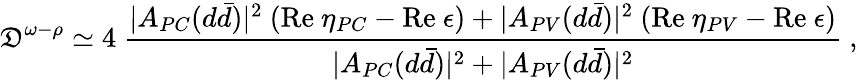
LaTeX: {\cal\mathfrak{D}}^{\omega-\rho}\simeq4~\frac{{|A_{PC}(d\bar{{d}})|^{2}~(\mathrm{{Re}}~\eta_{PC}-\mathrm{{Re}}~\epsilon)+|A_{PV}(d\bar{{d}})|^{2}~(\mathrm{{Re}}~\eta_{PV}-\mathrm{{Re}}~\epsilon)}}{{|A_{PC}(d\bar{{d}})|^{2}+|A_{PV}(d\bar{{d}})|^{2}}}~,